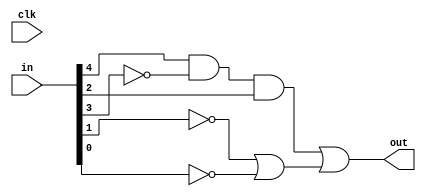
`timescale 1ns / 1ps
//////////////////////////////////////////////////////////////////////////////////
// Company: 
// Engineer: 
// 
// Design Name: 
// Module Name: lab11
// Project Name: 
// Target Devices: 
// Tool Versions: 
// Description: 
// 
// Dependencies: 
// 
// Revision:
// Revision 0.01 - File Created
// Additional Comments:
// 
//////////////////////////////////////////////////////////////////////////////////


module lab11(
    input clk,
    input [4:0] in,
    output out
    );
    
    assign out = in[4] & ~in[3] & in[2] | (~in[1] | ~in[0]);
endmodule